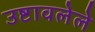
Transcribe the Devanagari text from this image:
उष्टावलेले